Reports on dispensaries and lunatic asylums in the Province of Oudh - 1869-1876
Year: 1869
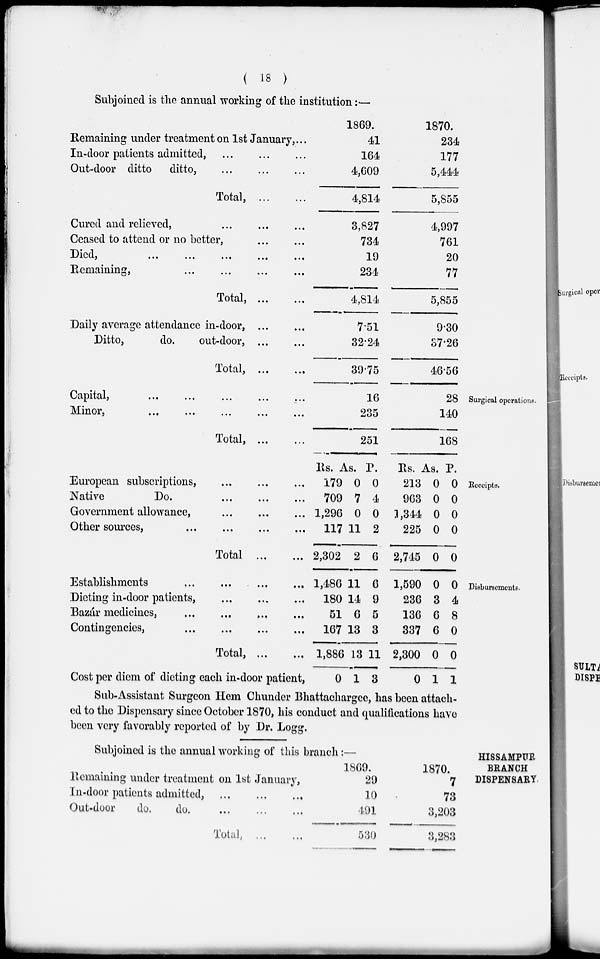
( 18 )
Subjoined is the annual working of the institution :—
Remaining under treatment on 1st January, ...
In-door patients admitted, ... ... ...
Out-door ditto ditto,
...
...
...
Total,
...
...
Cured and relieved,
...
...
...
Ceased to attend or no better, ... ...
Died,
...
...
...
...
...
Remaining, ... ... ... ...
Total, ...
...
Daily average attendance in-door, ... ...
Ditto,
do.
out-door, ... ...
Total, ...
...
1869.
41
164
4,609
4,814
3,827
734
19
234
4,814
7.51
32.24
39.75
1870.
234
177
5,444
5,855
4,997
761
20
77
5,855
9.30
37.26
46.56
Surgical operations.
Capital,
...
...
...
...
...
Minor, ... ... ... ... ...
Total,
...
...
16
235
251
28
140
168
Receipts.
European subscriptions, ... ... ...
Native
Do. ... ... ...
Government allowance, ... ... ...
Other sources, ... ... ... ...
Total ...
...
Rs.
179
709
1,296
117
2,302
As.
0
7
0
11
2
P.
0
4
0
2
6
Rs.
213
963
1,344
225
2,745
As.
0
0
0
0
0
P.
0
0
0
0
0
Disbursements.
Establishments ... ... ... ...
Dieting in-door patients, ... ... ...
Bazár medicines, ... ... ... ...
Contingencies, ... ... ... ...
Total,
...
...
Cost per diem of dieting each in-door patient,
1,486
180
51
167
1,886
0
11
14
6
13
13
1
6
9
5
3
11
3
1,590
236
136
337
2,300
0
0
3
6
6
0
1
0
4
8
0
0
1
Sub-Assistant Surgeon Hem Chunder Bhattachargee, has been attach-
ed to the Dispensary since October 1870, his conduct and qualifications have
been very favorably reported of by Dr. Logg.
HISSAMPUR
BRANCH
DISPENSARY.
Subjoined is the annual working of this branch:—
Remaining under treatment on 1st January,
In-door patients admitted,
...
...
...
Out-door
do.
do.
...
...
...
Total,
...
...
1869.
29
10
491
530
1870.
7
73
3,203
3,283